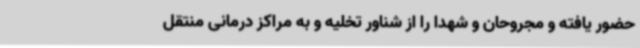
حضور یافته و مجروحان و شهدا را از شناور تخلیه و به مراکز درمانی منتقل